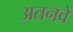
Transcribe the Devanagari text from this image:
अतनवें